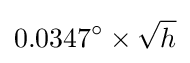
0.0347^{\circ }\times {\sqrt {h}}